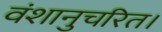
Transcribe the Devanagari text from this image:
वंशानुचरित।